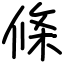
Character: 條